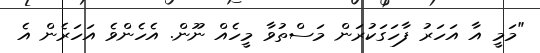
"މަމީ އާ އަހަރު ފާހަގަކުރަން މަސްތުވާ މީހެއް ނޫން. އެހެންވެ އަހަރެން އެ